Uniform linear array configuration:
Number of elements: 12
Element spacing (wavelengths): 0.25
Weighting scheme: exponential
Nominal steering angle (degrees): -60
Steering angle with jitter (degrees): -61.313
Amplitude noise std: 0.05
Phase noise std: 0.05

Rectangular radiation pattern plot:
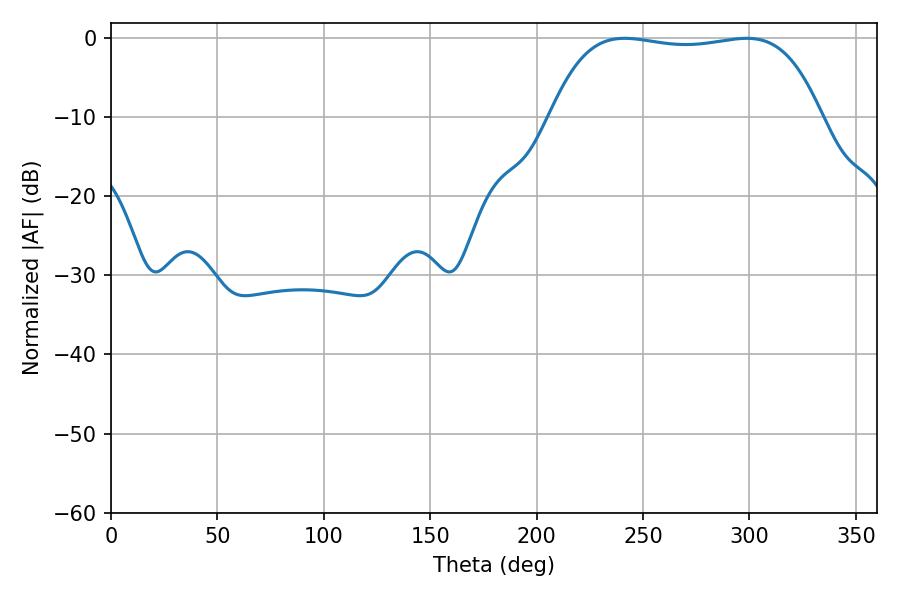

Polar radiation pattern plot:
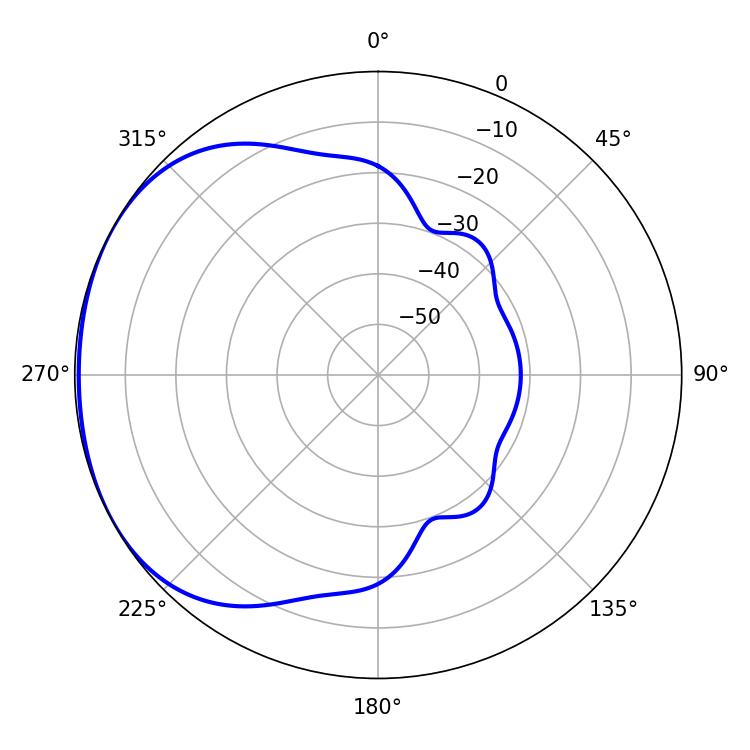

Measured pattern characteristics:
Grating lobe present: FALSE
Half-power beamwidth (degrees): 100.8
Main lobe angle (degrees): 241.38